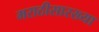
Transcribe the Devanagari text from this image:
मराठीसारख्या